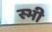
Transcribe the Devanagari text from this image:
स्भी